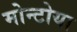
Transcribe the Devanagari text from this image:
मोन्टोया